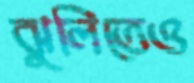
ঝুলিতেও